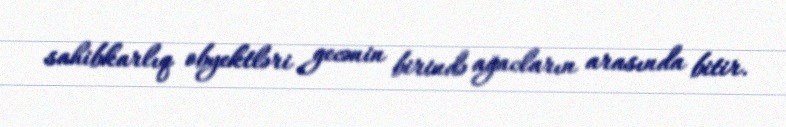
sahibkarlıq obyektləri gecənin birində ağacların arasında bitir.